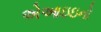
એઆઇઇનો